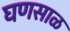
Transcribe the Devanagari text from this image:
घणसाळ